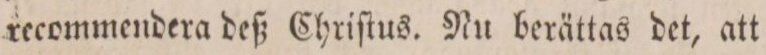
recommendera deß Chriſtus. Nu berättas det, att